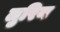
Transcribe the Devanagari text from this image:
लुरिन